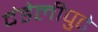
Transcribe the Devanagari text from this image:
दंडेलीपुढे